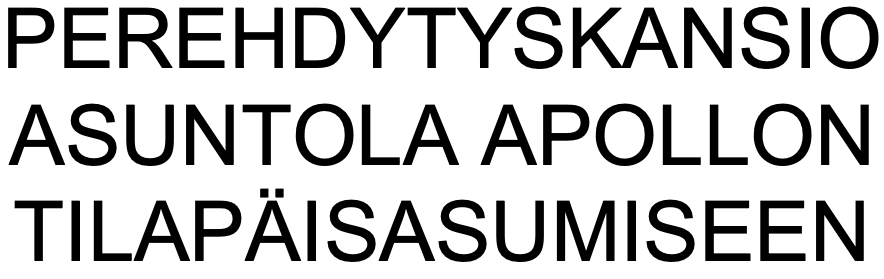
PEREHDYTYSKANSIO ASUNTOLA       APOLLON TILAPÄISASUMISEEN